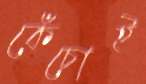
কেঁচোই